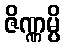
ဇိဏ္ဏမ္ပိ